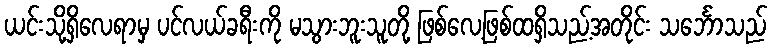
ယင်းသို့ရှိလေရာမှ ပင်လယ်ခရီးကို မသွားဘူးသူတို့ ဖြစ်လေ့ဖြစ်ထရှိသည့်အတိုင်း သင်္ဘောသည်